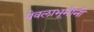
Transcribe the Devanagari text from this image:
येवलाभूमीनी